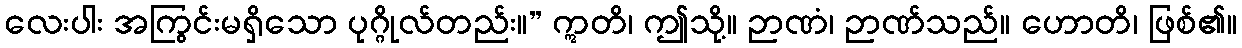
လေးပါး အကြွင်းမရှိသော ပုဂ္ဂိုလ်တည်း။” ဣတိ၊ ဤသို့။ ဉာဏံ၊ ဉာဏ်သည်။ ဟောတိ၊ ဖြစ်၏။